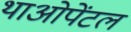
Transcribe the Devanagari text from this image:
थाओपेंटल